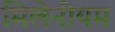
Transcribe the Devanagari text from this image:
मिलेनीयम